Annual report of the Imperial Bacteriologist
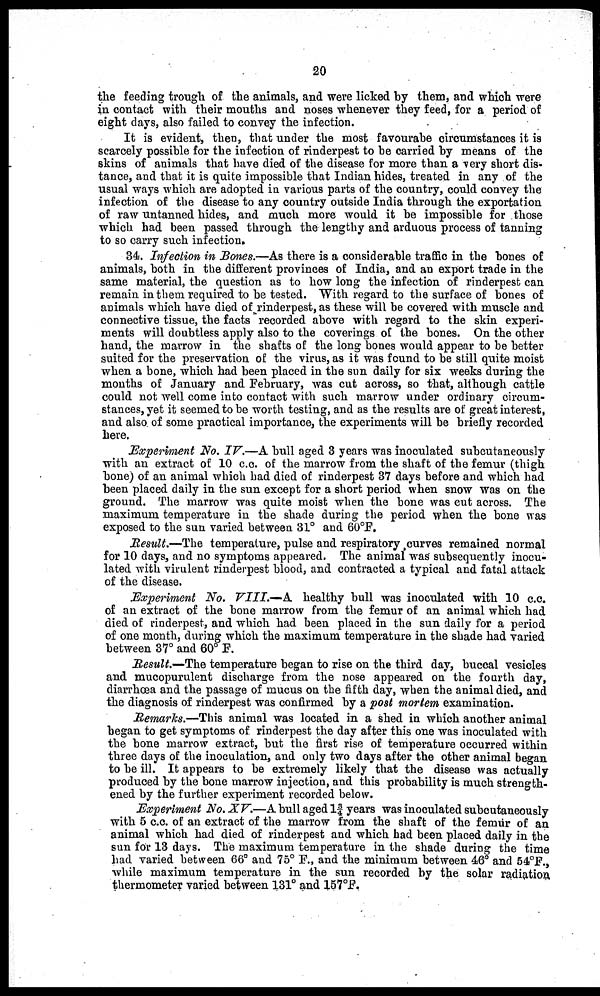
20
the feeding trough of the animals, and were licked by them, and which were
in contact with their mouths and noses whenever they feed, for a period of
eight days, also failed to convey the infection.
It is evident, then, that under the most favourabe circumstances it is
scarcely possible for the infection of rinderpest to be carried by means of the
skins of animals that have died of the disease for more than a very short dis-
tance, and that it is quite impossible that Indian hides, treated in any of the
usual ways which are adopted in various parts of the country, could convey the
infection of the disease to any country outside India through the exportation
of raw untanned hides, and much more would it be impossible for those
which had been passed through the lengthy and arduous process of tanning
to so carry such infection.
34. Infection in Bones.—As there is a considerable traffic in the bones of
animals, both in the different provinces of India, and an export trade in the
same material, the question as to how long the infection of rinderpest can
remain in them required to be tested. With regard to the surface of bones of
animals which have died of rinderpest, as these will be covered with muscle and
connective tissue, the facts recorded above with regard to the skin experi-
ments will doubtless apply also to the coverings of the bones. On the other
hand, the marrow in the shafts of the long bones would appear to be better
suited for the preservation of the virus, as it was found to be still quite moist
when a bone, which had been placed in the sun daily for six weeks during the
months of January and February, was cut across, so that, although cattle
could not well come into contact with such marrow under ordinary circum-
stances, yet it seemed to be worth testing, and as the results are of great interest,
and also of some practical importance, the experiments will be briefly recorded
here.
Experiment No. IV.—A bull aged 3 years was inoculated subcutaneously
with an extract of 10 c.c. of the marrow from the shaft of the femur (thigh
bone) of an animal which had died of rinderpest 37 days before and which had
been placed daily in the sun except for a short period when snow was on the
ground. The marrow was quite moist when the bone was cut across. The
maximum temperature in the shade during the period when the bone was
exposed to the sun varied between 31° and 60°F.
Result.—The temperature, pulse and respiratory curves remained normal
for 10 days, and no symptoms appeared. The animal was subsequently inocu-
lated with virulent rinderpest blood, and contracted a typical and fatal attack
of the disease.
Experiment No. VIII.—A healthy bull was inoculated with 10 c.c.
of an extract of the bone marrow from the femur of an animal which had
died of rinderpest, and which had been placed in the sun daily for a period
of one month, during which the maximum temperature in the shade had varied
between 37° and 60° F.
Result.—The temperature began to rise on the third day, buccal vesicles
and mucopurulent discharge from the nose appeared on the fourth day,
diarrhœa and the passage of mucus on the fifth day, when the animal died, and
the diagnosis of rinderpest was confirmed by a post mortem examination.
Remarks.—This animal was located in a shed in which another animal
began to get symptoms of rinderpest the day after this one was inoculated with
the bone marrow extract, but the first rise of temperature occurred within
three days of the inoculation, and only two days after the other animal began
to be ill. It appears to be extremely likely that the disease was actually
produced by the bone marrow injection, and this probability is much strength-
ened by the further experiment recorded below.
Experiment No. XV.—A bull aged 1¾ years was inoculated subcutaneously
with 5 c.c. of an extract of the marrow from the shaft of the femur of an
animal which had died of rinderpest and which had been placed daily in the
sun for 13 days. The maximum temperature in the shade during the time
had varied between 66° and 75° F., and the minimum between 46° and 54°F.,
while maximum temperature in the sun recorded by the solar radiation
thermometer varied between 131° and 157°F.